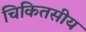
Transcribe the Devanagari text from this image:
चिकितसीय